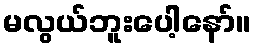
မလွယ်ဘူးပေါ့နော်။